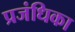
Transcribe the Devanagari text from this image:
प्रजंधिका